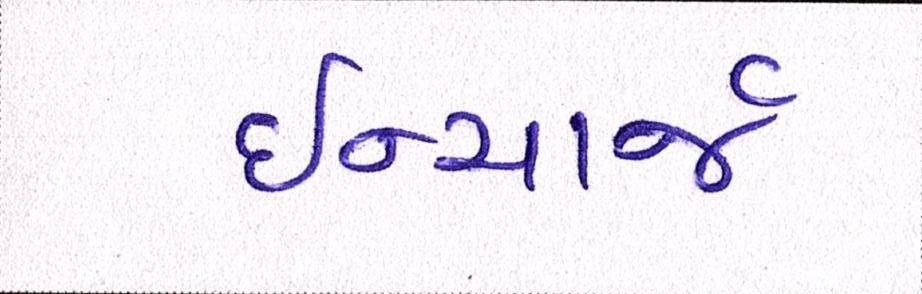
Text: ઈન્ચાર્જ